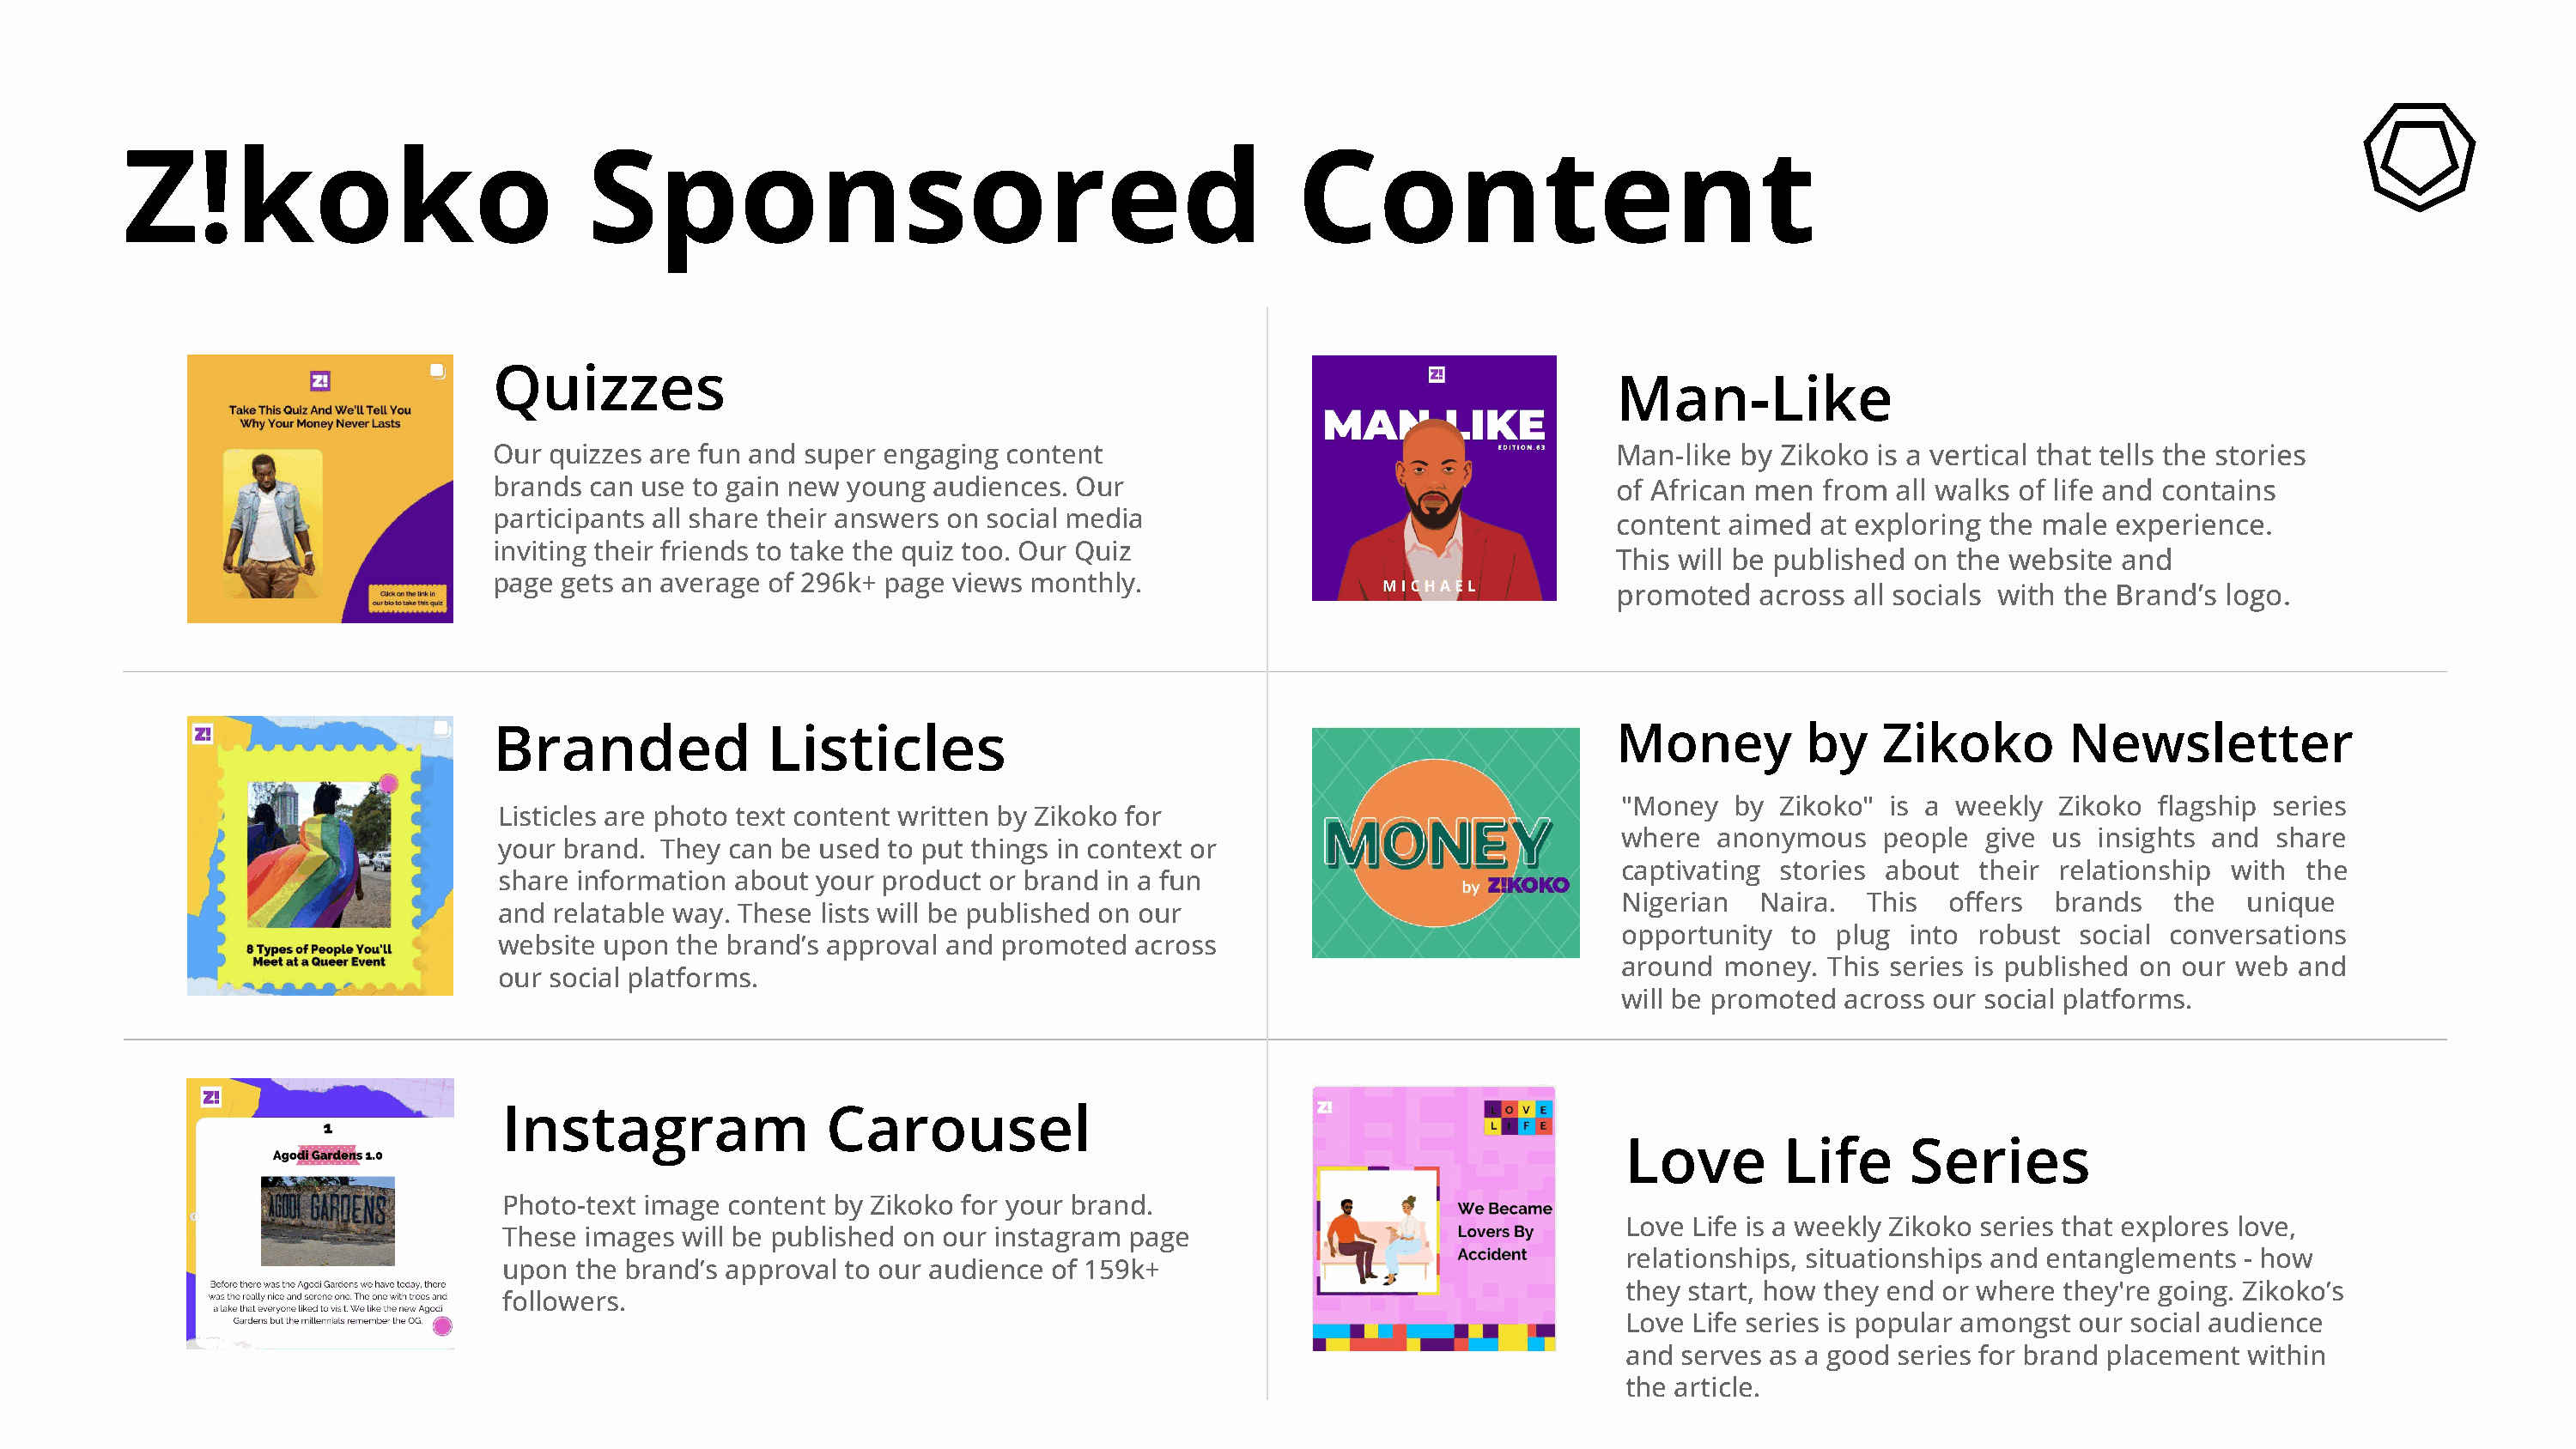
Z!koko                              Sponsored                                              Content
 Quizzes
 Man-Like
 Our quizzes are fun and super engaging  content                                        Man-like by Zikoko  is a vertical that tells the stories
 brands can use to gain new young  audiences. Our                                       of African men  from all walks of life and contains
 participants all share their answers on social media
 content aimed  at exploring the male  experience.
 inviting their friends to take the quiz too. Our Quiz
 This will be published on the website  and
 page gets an average of 296k+ page views monthly.
 promoted   across all socials with the Brand’s logo.
 Branded              Listicles                                                         Money         by    Zikoko        Newsletter
 "Money   by Zikoko"  is a weekly  Zikoko flagship series
 Listicles are photo text content written by Zikoko for
 where  anonymous    people  give us  insights and share
 your brand.  They can be used to put things in context or
 captivating stories about   their relationship with  the
 share information  about your product or brand in a fun
 Nigerian   Naira.  This  offers  brands    the  unique
 and  relatable way. These lists will be published on our
 opportunity  to  plug into robust  social conversations
 website upon  the brand’s approval and promoted   across
 around  money.  This series is published on our web and
 our social platforms.
 will be promoted across our social platforms.
 Instagram                Carousel
 Love        Life      Series
 Photo-text image content by Zikoko for your brand.
 Love Life is a weekly Zikoko series that explores love,
 These images  will be published on our instagram page
 relationships, situationships and entanglements - how
 upon the brand’s approval to our audience of 159k+
 they start, how they end or where they're going. Zikoko’s
 followers.
 Love Life series is popular amongst our social audience
 and  serves as a good series for brand placement within
 the article.